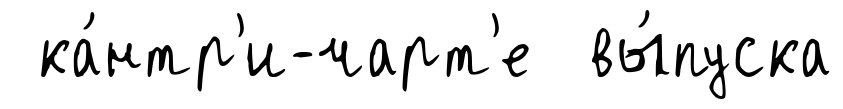
ка́нтр'и-чарт'е вы́пуска